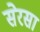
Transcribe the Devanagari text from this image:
सेरसा